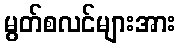
မွတ်စလင်များအား